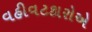
વહીવટકારોએ